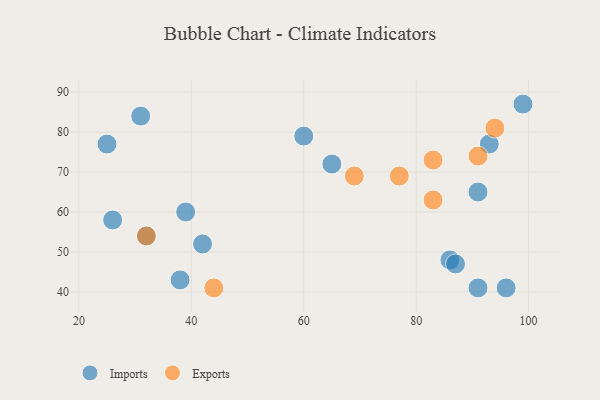
{"axis": {"x": "GDP", "y": "Life Expectancy"}, "legend": ["Exports", "Imports"], "data": [{"x": "91", "y": 65, "type": "Imports"}, {"x": "65", "y": 72, "type": "Imports"}, {"x": "39", "y": 60, "type": "Imports"}, {"x": "91", "y": 41, "type": "Imports"}, {"x": "25", "y": 77, "type": "Imports"}, {"x": "96", "y": 41, "type": "Imports"}, {"x": "86", "y": 48, "type": "Imports"}, {"x": "31", "y": 84, "type": "Imports"}, {"x": "42", "y": 52, "type": "Imports"}, {"x": "60", "y": 79, "type": "Imports"}, {"x": "93", "y": 77, "type": "Imports"}, {"x": "87", "y": 47, "type": "Imports"}, {"x": "99", "y": 87, "type": "Imports"}, {"x": "32", "y": 54, "type": "Imports"}, {"x": "26", "y": 58, "type": "Imports"}, {"x": "38", "y": 43, "type": "Imports"}, {"x": "44", "y": 41, "type": "Exports"}, {"x": "94", "y": 81, "type": "Exports"}, {"x": "91", "y": 74, "type": "Exports"}, {"x": "83", "y": 63, "type": "Exports"}, {"x": "77", "y": 69, "type": "Exports"}, {"x": "83", "y": 73, "type": "Exports"}, {"x": "32", "y": 54, "type": "Exports"}, {"x": "69", "y": 69, "type": "Exports"}]}